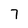
Character: 7